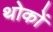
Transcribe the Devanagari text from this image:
थोकों